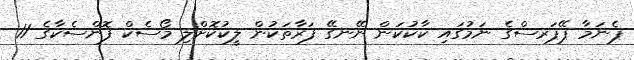
ޕެނަމާ ޕޭޕަރސްގެ ނަމުގައި ކާކުކަން ނޭނގޭ ފަރާތަކުން ލީކުކޮށްލި މޯސެކް ފޮންސެކާގެ 11